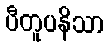
ပီတူပနိသာ